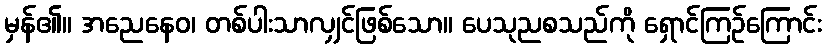
မှန်၏။ အညေနေဝ၊ တစ်ပါးသာလျှင်ဖြစ်သော။ ပေသုညစသည်ကို ရှောင်ကြဉ်ကြောင်း